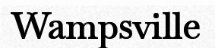
Wampsville